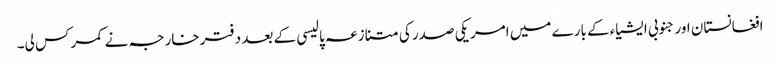
افغانستان اور جنوبی ایشیاء کے بارے میں امریکی صدر کی متنازعہ پالیسی کے بعد دفترخارجہ نے کمر کس لی۔